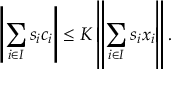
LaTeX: \left| \sum _ { i \in I } s _ { i } c _ { i } \right| \leq K \left\| \sum _ { i \in I } s _ { i } x _ { i } \right\| .